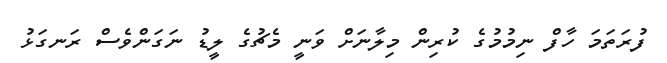
ފުރަތަމަ ހާފް ނިމުމުގެ ކުރިން މިލާނަށް ވަނީ މެޗުގެ ލީޑު ނަގަންވެސް ރަނގަޅު